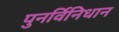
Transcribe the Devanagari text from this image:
पुनर्विनिधान